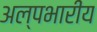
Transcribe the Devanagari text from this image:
अल्पभारीय